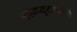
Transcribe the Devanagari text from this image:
काँम्प्युटरमध्ये